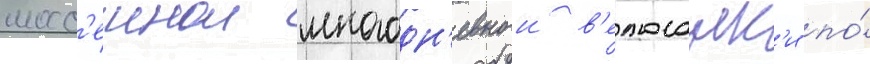
шосс'еинои многодн'евнои в'елогонк'и по́